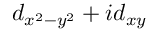
d _ { x ^ { 2 } - y ^ { 2 } } + i d _ { x y }